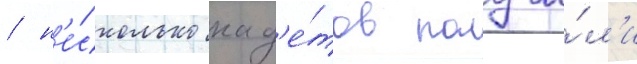
/ н'е́сколько кад'е́тов получи́л'и